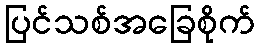
ပြင်သစ်အခြေစိုက်